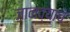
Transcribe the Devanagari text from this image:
जानव्याचे